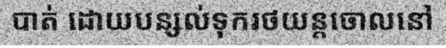
បាត់ ដោយបន្សល់ទុករថយន្តចោលនៅ